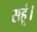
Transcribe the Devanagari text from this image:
सहूं।